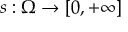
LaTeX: s : \Omega \to [ 0 , + \infty ]